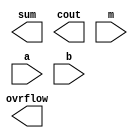
module fadder_bhvrl(
    output [3:0] sum,
    output cout,
    output ovrflow,
    input m,
    input [3:0] a,
    input [3:0] b
);

    always @( a or b or m) begin

        if(m == 0) begin

            

        end
        else begin
        end

    end

endmodule